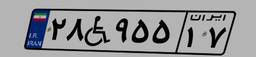
۲۸W۹۵۵۱۷